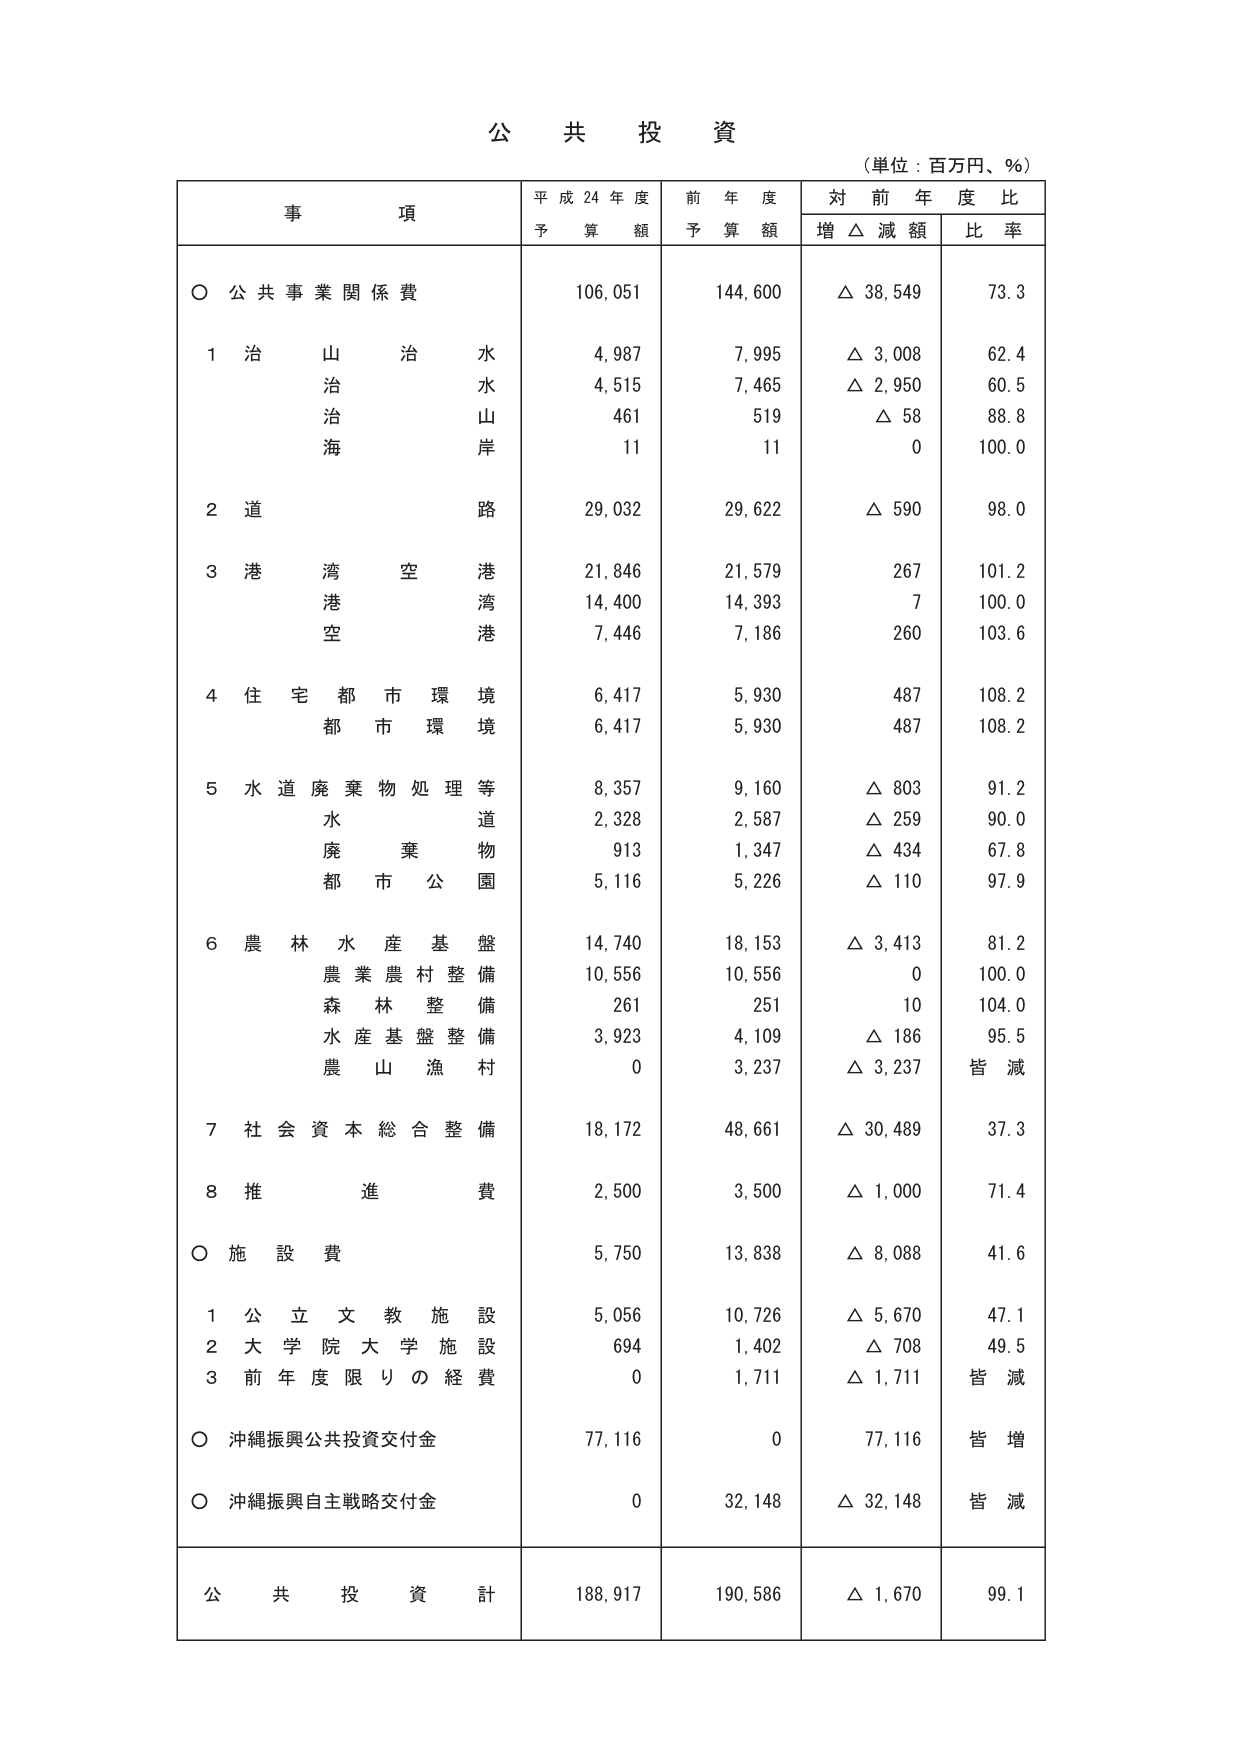
公 共 投 資
（単位：百万円、％）

事 項  平 成 24 年 度 予 算 額  前 年 度 予 算 額  対 前 年 度 比